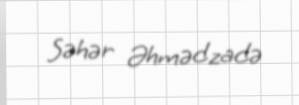
Səhər Əhmədzadə